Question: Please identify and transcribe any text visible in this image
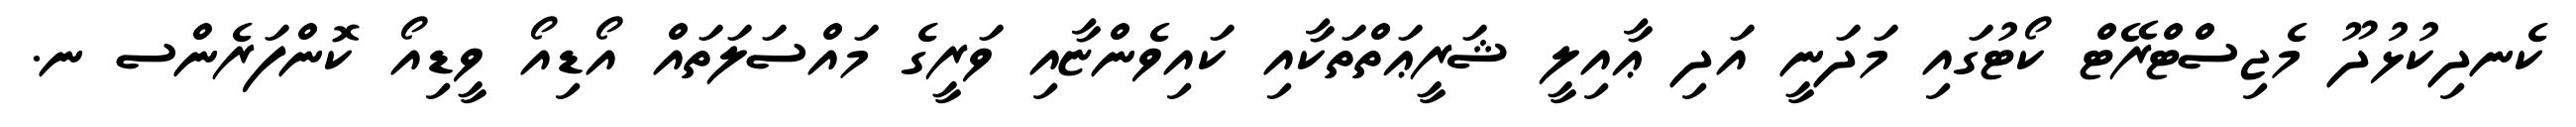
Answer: ކެނދިކުޅުދޫ މެޖިސްޓްރޭޓް ކޯޓުގައި މަދަނީ އަދި ޢާއިލީ ޝަރީޢަތްތަކާއި ކައިވެންޏާއި ވަރީގެ މައްސަލަތައް އޯޑިއޯ ވީޑިއޯ ކޮންފަރެންސ ނ.